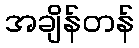
အချိန်တန်